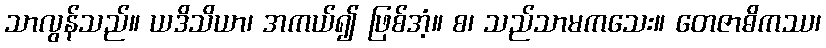
သာလွန်သည်။ ယဒိသိယာ၊ အကယ်၍ ဖြစ်အံ့။ စ၊ သည်သာမကသေး။ တေဇာဓိကဿ၊